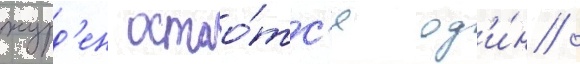
журд'ен остао́тс'я од'и́н /